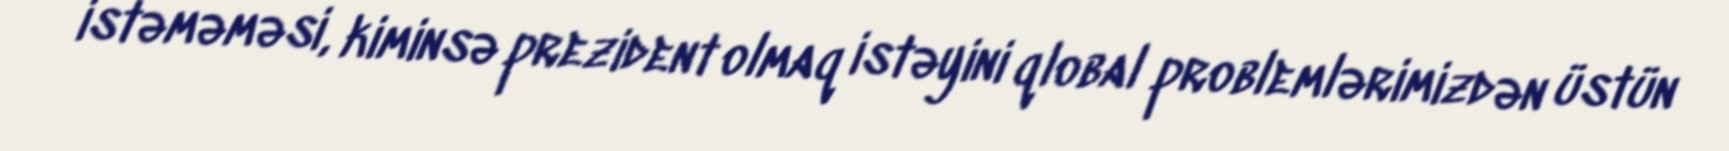
istəməməsi, kiminsə prezident olmaq istəyini qlobal problemlərimizdən üstün